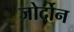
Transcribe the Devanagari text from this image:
जोर्दोन